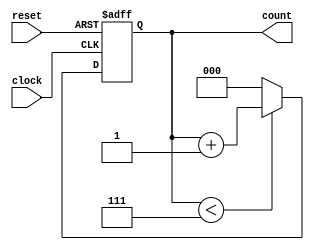
module SimpleCounter( clock, reset, count );
	input clock;
	input reset;
	output [2:0] count; 
	reg [2:0] count; 
	/* use positive clock edge for counter */ 
	always @(posedge clock or  posedge reset) 
	begin 
		if  (reset) 
			count = 0;  /* Reset Counter */ 
		else if  ( count < 3'b111 )  /* Check for maximum count */
			count = count + 1;  /* Increment Counter */ 
		else 
			count = 0;  /*  Counter set back to 0*/ 
	end 
endmodule